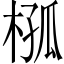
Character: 𣔞